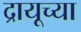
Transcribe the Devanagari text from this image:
द्रायूच्या